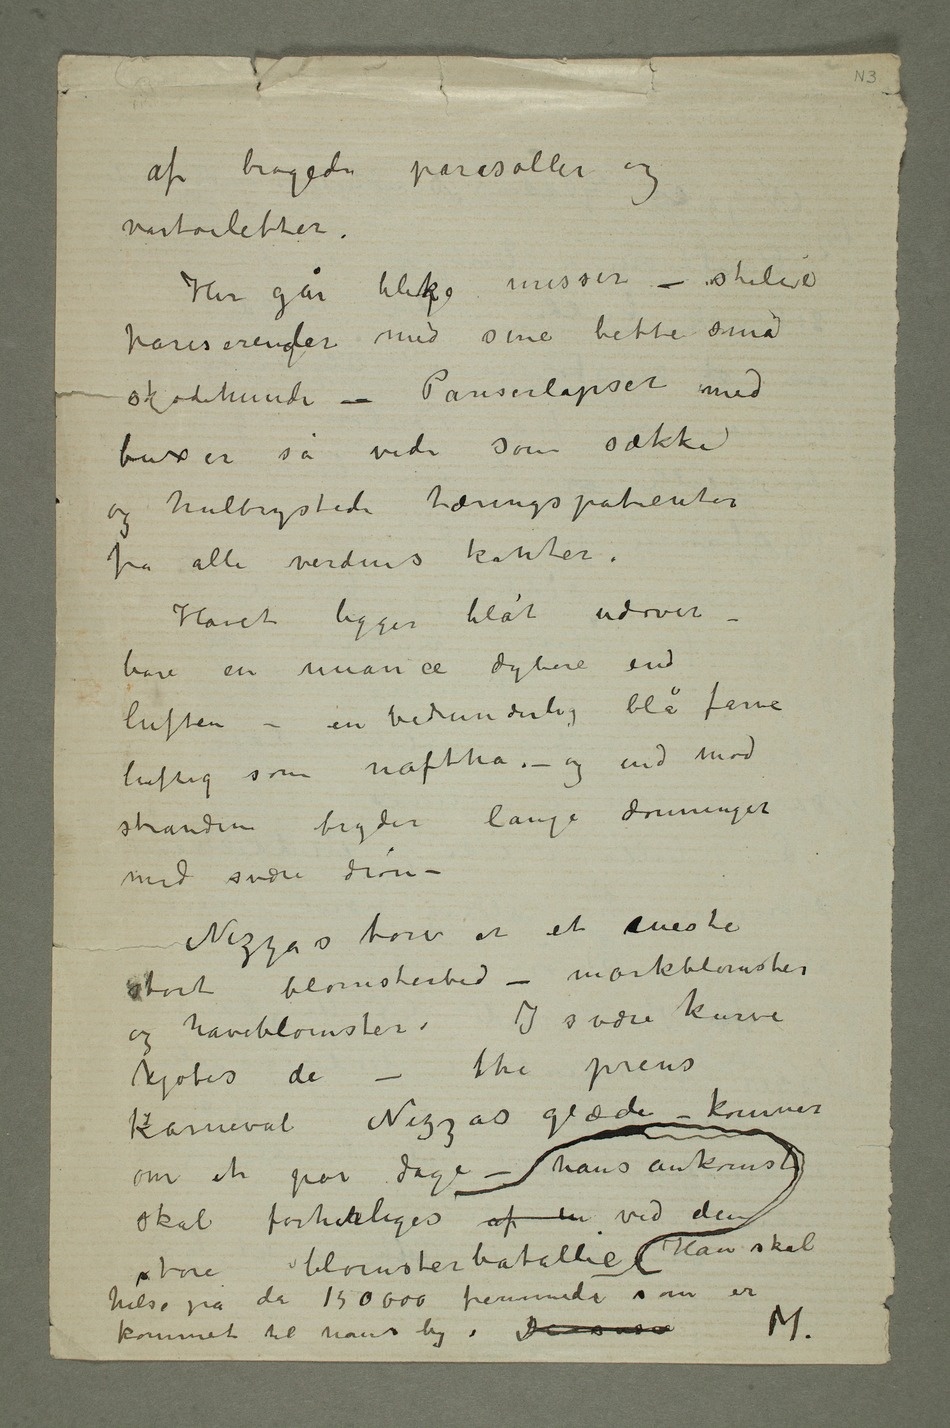
af brogede parasoller og
vårtoiletter.
Her går blegke misser – stilie
skjødehunde – Pariserlapser med
buxer så vide som sække
og hulbrystede tæringspatienter
fra alle verdens kanter.
Havet ligger blåt udover –
bare en nuance dybere end
luften – en vidunderlig blå farve
luftig som naftha. – og ind mod
stranden bryder lange dønninger
med svære drøn –
Nizzas torv er et eneste
stort blomsterbed – markblomster og
haveblomster. I svære kurve
kjøbes de – thi prins
KarnevalNizzas glæde – kommer
skal forherliges af en ved den
store blomsterbatallie. Han skal
hilse på de 150 000 fremmede som er